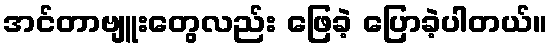
အင်တာဗျူးတွေလည်း ဖြေခဲ့ ပြောခဲ့ပါတယ်။